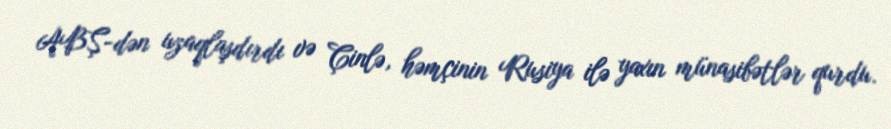
ABŞ-dən uzaqlaşdırdı və Çinlə, həmçinin Rusiya ilə yaxın münasibətlər qurdu.